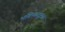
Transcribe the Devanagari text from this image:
भविष्यदृष्टता